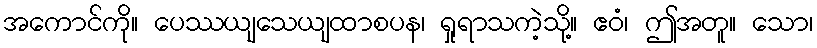
အကောင်ကို။ ပေဿယျသေယျထာစပန၊ ရှုရာသကဲ့သို့။ ဧဝံ၊ ဤအတူ။ သော၊